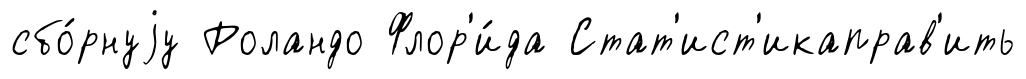
сбо́рнуjу Роландо Флор'и́да Стат'ист'икаправ'ить